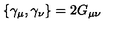
\{ \gamma _ { \mu } , \gamma _ { \nu } \} = 2 G _ { \mu \nu }